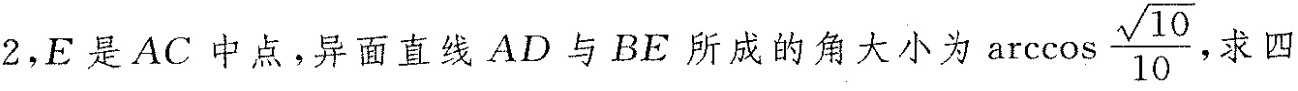
2，E是AC中点，异面直线AD与BE所成的角大小为 $$\arccos \frac{ \sqrt { 1 0 } } { 1 0 }$$，求四